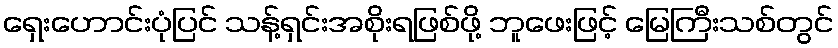
ရှေးဟောင်းပုံပြင် သန့်ရှင်းအစိုးရဖြစ်ဖို့ ဘူဖေးဖြင့် မြေကြီးသစ်တွင်